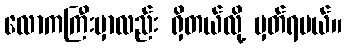
လောကကြီးမှာလည်း ရှိတယ်လို့ မှတ်ရမယ်။